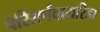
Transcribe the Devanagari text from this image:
परिसर्पवायरिडा